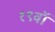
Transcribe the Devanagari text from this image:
१९वॉ